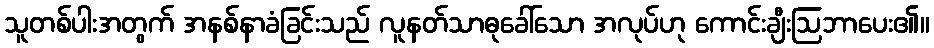
သူတစ်ပါးအတွက် အနစ်နာခံခြင်းသည် လူနတ်သာဓုခေါ်သော အလုပ်ဟု ကောင်းချီးဩဘာပေး၏။